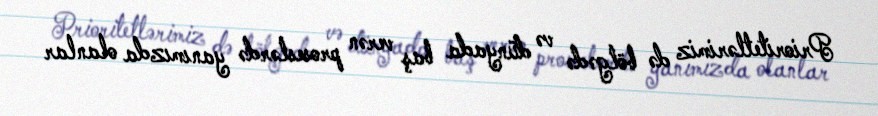
Prioritetlərimiz də bölgədə və dünyada baş verən proseslərdə yanımızda olanlar